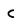
Character: c